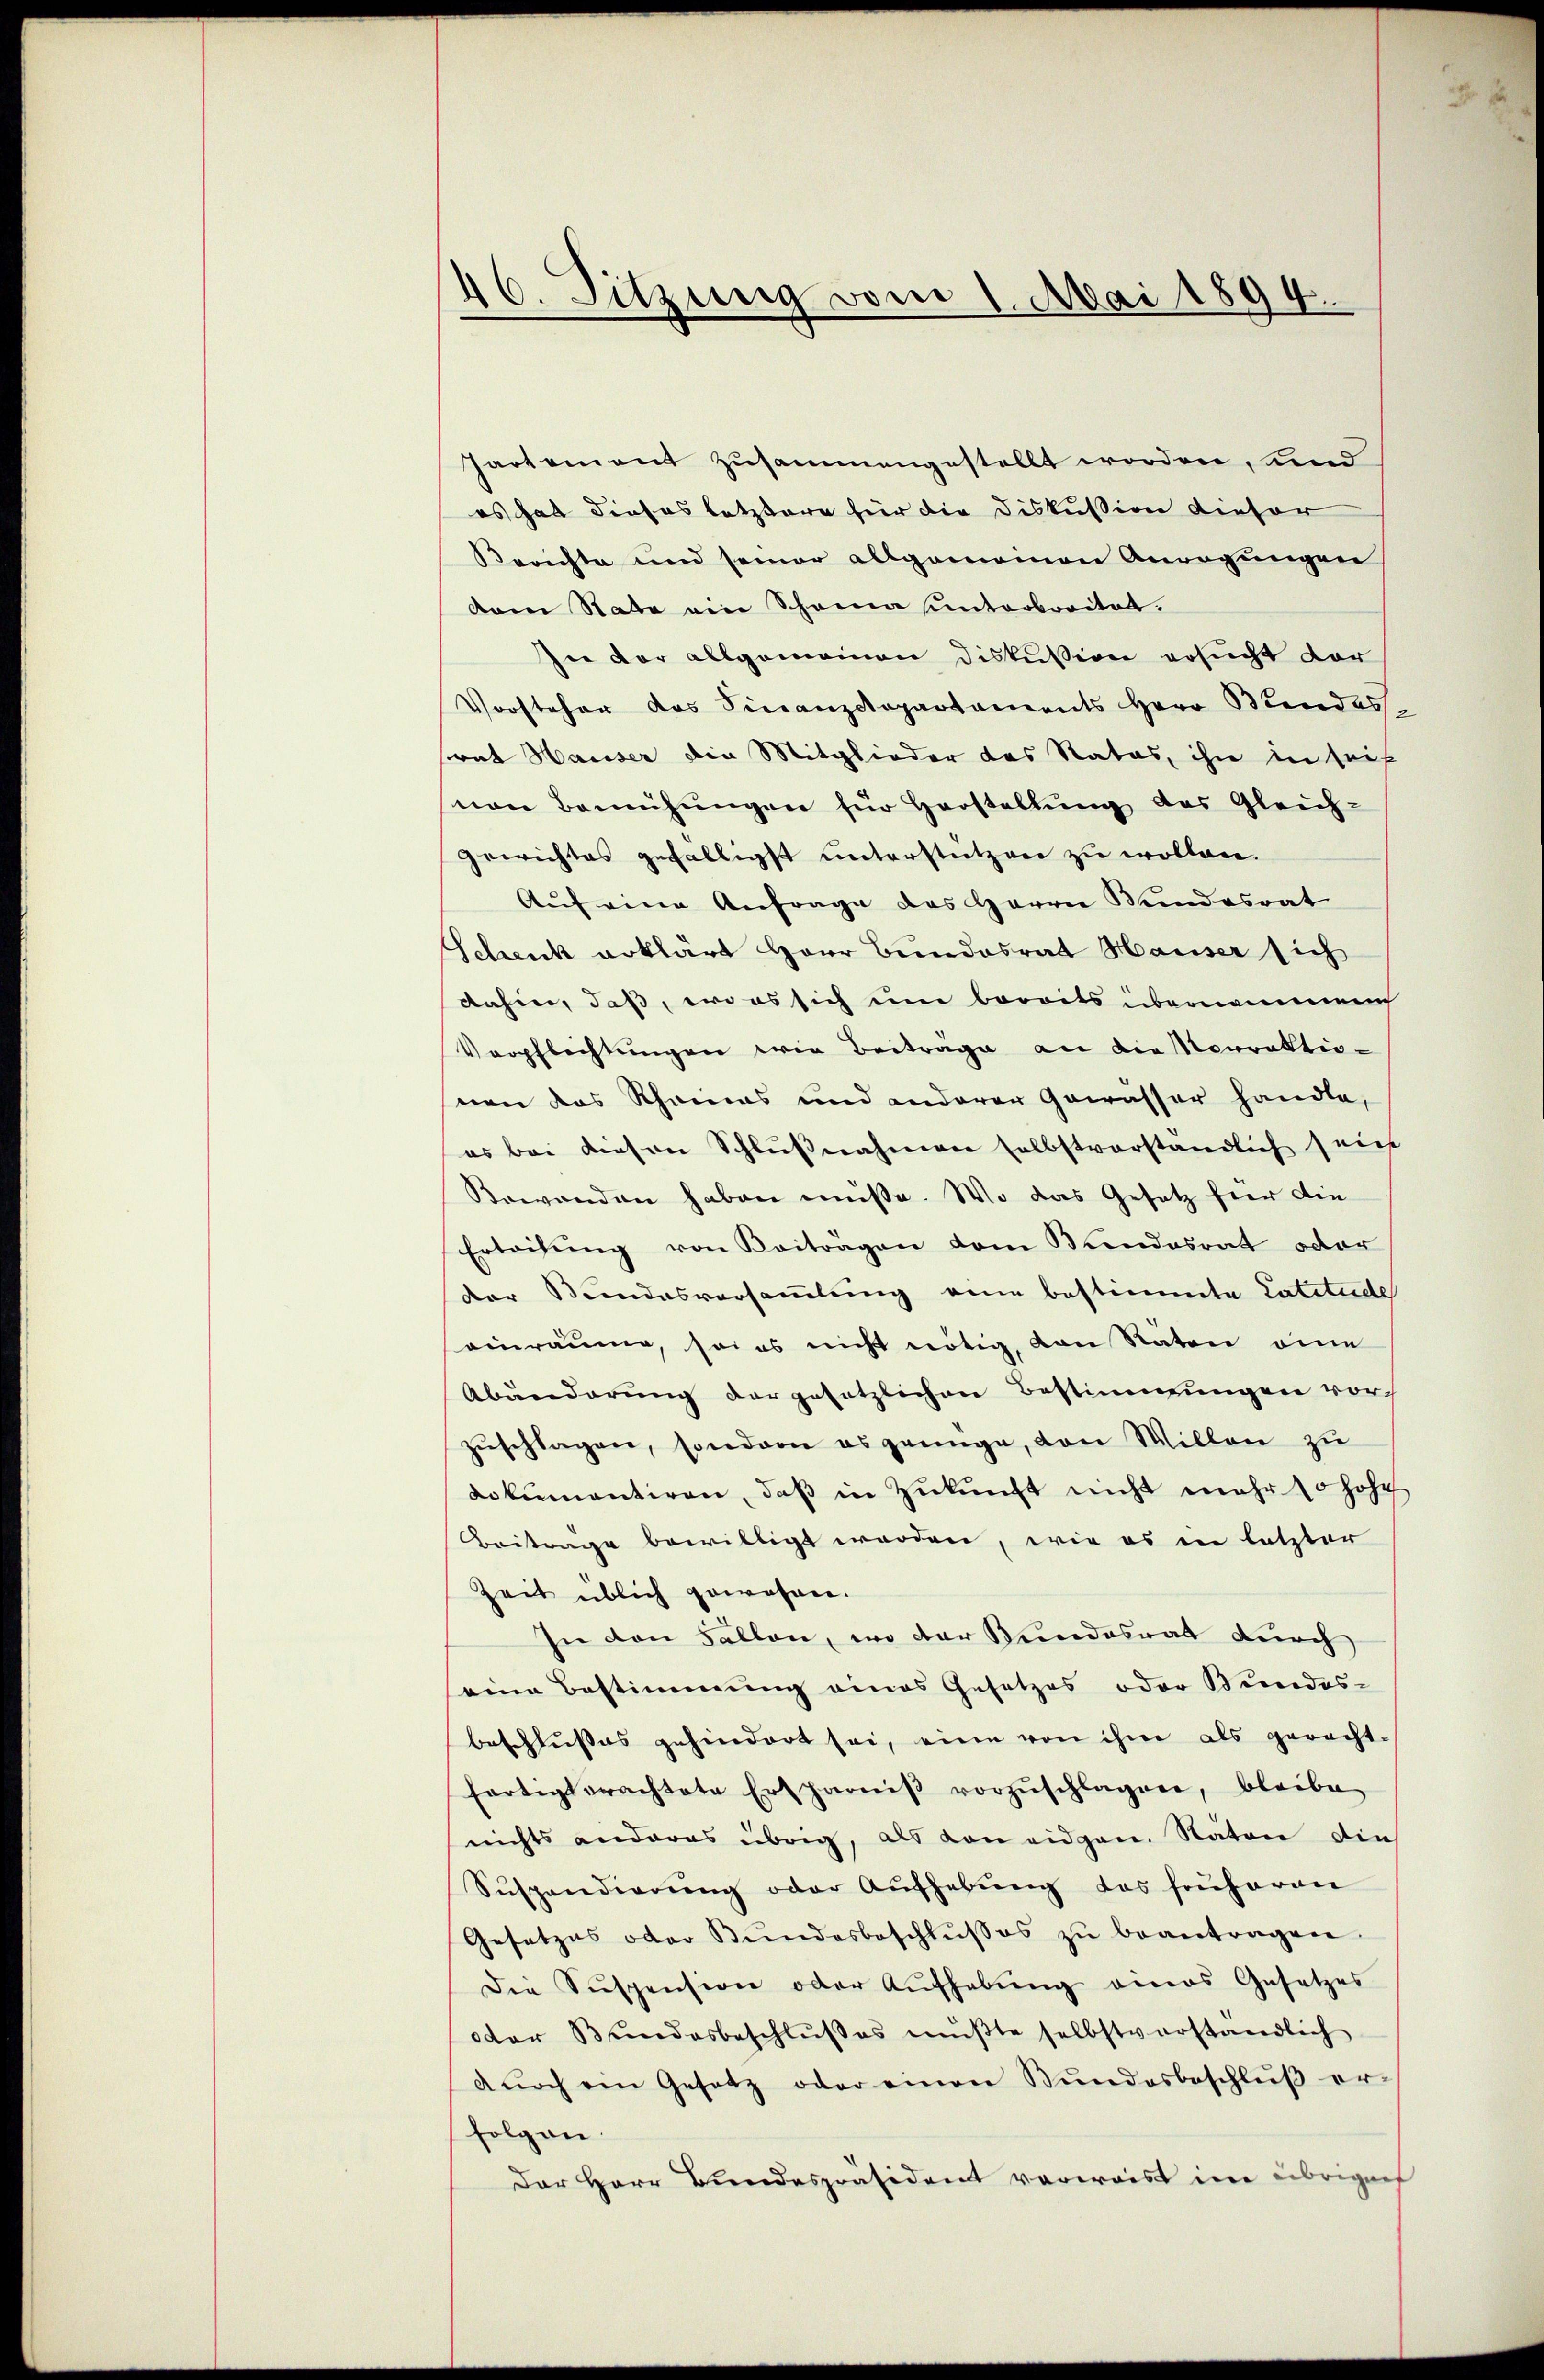
46. Sitzung vom 1. Mai 1894.

Partement zusammengestellt worden, und
es hat dieses letztere für die Diskussion dieser
Berichte und seiner allgemeinen Anregungen
dam Rate ein Scheina unterbreitet.
sie der allgemeinen Diskussion ersucht vor
Vorsteher das Sinanzcopartaments Herr Bundes,
rat Hauser die Mitglieder des Rates, ihn in seit
von Bemühŭngen für Herstellung des Gleich-
gewichtes gefälligst unterstützen zu wollen.
Auf eine Anfrage des Herrn Bundesrat
Schenk erklärt Herr Bundesrat Hauser sich
dahin, daß, wo es sich um bereits übernommen
Verpflichtungen wie Beiträge an die Morrektionen das Rheines und anderer Gewässer handle,
es bei diesen Schlußnahmen selbstverständlich sein
Bewanden haben müße. Wo das Gesetz für die
Erteilŭng von Beiträgen dem Bundesrat oder
der Bundesversammlung eine bestimmte Latitude
einräume, soi es nicht nötig, von Raten eine
Abänderung dargesetzlichen Bestimmungen vor
zŭschlagen, sondern es genüge, von Willen zu
dokumentiren, daß in Zukunft nicht mehr so hohe
Beitrage bewilligt worden, wie es in letzter
Zeit üblich gewohnen.
In den Fällen, wo der Bundesrat durch
eine Bestimmung eines Gesetzes oder Bundes-
beschlusses gehindert sei, eine von ihm als geracht-
fertigt erachtete Ersparniβ vorzŭschlagen, bleibe
nichts anderes übrig, als von eidgen. Naton die
Suspendierŭng oder Aŭfhebŭng das früheren
Gesetzes oder Bŭndesbeschlŭsses zŭ beantragen.
Die Suspension oder Aŭfhebŭng amas Gesetzes
dder Bŭndesbeschlŭβ es mŭβte selbstverständlich
dŭrch ein Gesetz oder einen Bŭndesbeschlŭβ er-
folgen.
Der Herr Bundespräsident verwaist im übrigenf